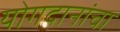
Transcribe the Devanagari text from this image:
योगदानांचा